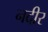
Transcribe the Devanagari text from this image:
नदीर